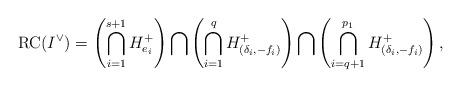
LaTeX: \begin{align*}{\rm RC}(I^\vee)=\left(\bigcap_{i=1}^{s+1}H^+_{e_i}\right)\bigcap\left(\bigcap_{i=1}^qH^+_{(\delta_i,-f_i)}\right)\bigcap\left(\bigcap_{i=q+1}^{p_1} H^+_{(\delta_i,-f_i)}\right),\end{align*}